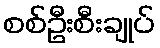
စစ်ဦးစီးချုပ်